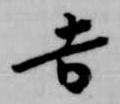
吉